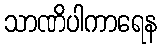
သာဏိပါကာရေန